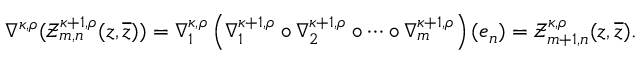
\begin{array} { r } { \nabla ^ { \kappa , \rho } ( \mathcal { Z } _ { m , n } ^ { \kappa + 1 , \rho } ( z , \overline { { z } } ) ) = \nabla _ { 1 } ^ { \kappa , \rho } \left( \nabla _ { 1 } ^ { \kappa + 1 , \rho } \circ \nabla _ { 2 } ^ { \kappa + 1 , \rho } \circ \cdots \circ \nabla _ { m } ^ { \kappa + 1 , \rho } \right) ( e _ { n } ) = \mathcal { Z } _ { m + 1 , n } ^ { \kappa , \rho } ( z , \overline { { z } } ) . } \end{array}